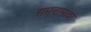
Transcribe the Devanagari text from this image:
रामनामावर